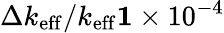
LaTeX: \Delta k_{\mathrm{eff}}/k_{\mathrm{eff}}\le 1\times 10^{-4}